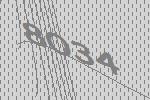
8034